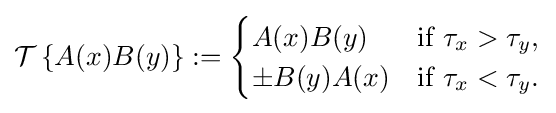
{\mathcal {T}}\left\{A(x)B(y)\right\}:={\begin{cases}A(x)B(y)&{\text{if }}\tau _{x}>\tau _{y},\\\pm B(y)A(x)&{\text{if }}\tau _{x}<\tau _{y}.\end{cases}}